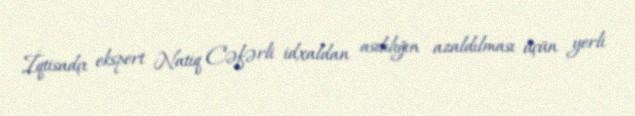
İqtisadçı ekspert Natiq Cəfərli idxaldan asılılığın azaldılması üçün yerli